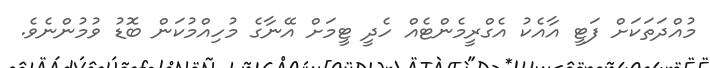
މުއްދަތަކަށް ފަޓީ އާއެކު އެގްރީމެންޓެއް ހެދީ ޓީމަށް އޭނާގެ މުހިއްމުކަން ބޮޑު ވުމުންނެވެ.